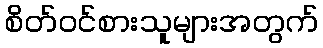
စိတ်ဝင်စားသူများအတွက်